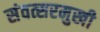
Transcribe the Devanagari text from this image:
संवत्सरमुखी